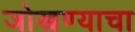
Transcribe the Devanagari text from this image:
जोखण्याचा